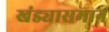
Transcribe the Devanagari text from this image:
खंड्यासमान